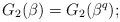
LaTeX: \begin{align*}G_2(\beta) = G_2(\beta^q);\end{align*}